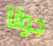
جوانا